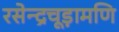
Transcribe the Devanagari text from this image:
रसेन्द्रचूड़ामणि